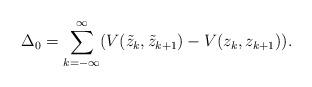
LaTeX: \begin{align*}\Delta_0 = \sum_{k=-\infty}^{\infty}(V(\tilde{z}_k,\tilde{z}_{k+1})-V(z_k,z_{k+1})).\end{align*}